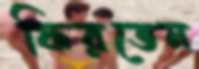
ফিরতেন